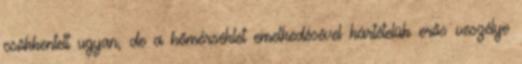
csökkentett ugyan, de a hőmérséklet emelkedésével kártételük erős veszélye